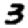
Digit: 3